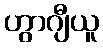
ဟွာဂျီယူ